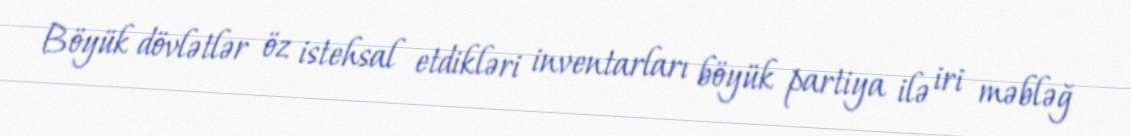
Böyük dövlətlər öz istehsal etdikləri inventarları böyük partiya ilə iri məbləğ